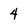
Character: 4